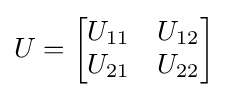
U={\begin{bmatrix}U_{11}&U_{12}\\U_{21}&U_{22}\end{bmatrix}}